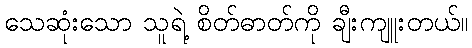
သေဆုံးသော သူရဲ့ စိတ်ဓာတ်ကို ချီးကျူးတယ်။